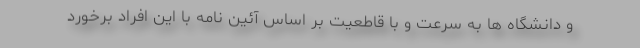
و دانشگاه ها به سرعت و با قاطعیت بر اساس آئین نامه با این افراد برخورد